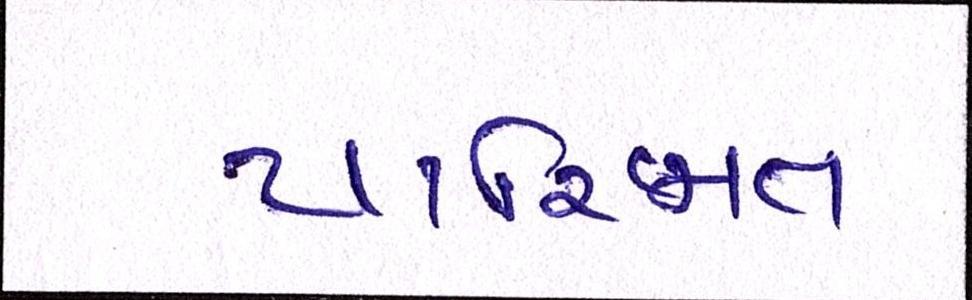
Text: પારિજાત